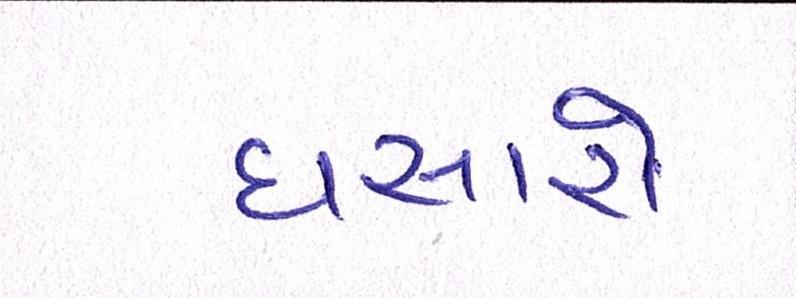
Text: ઘસારો